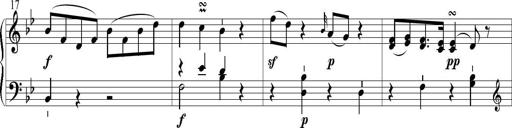
Title: 6 Leichte Sonatinen, Teil 1
Composer: F. Sigismund Sander